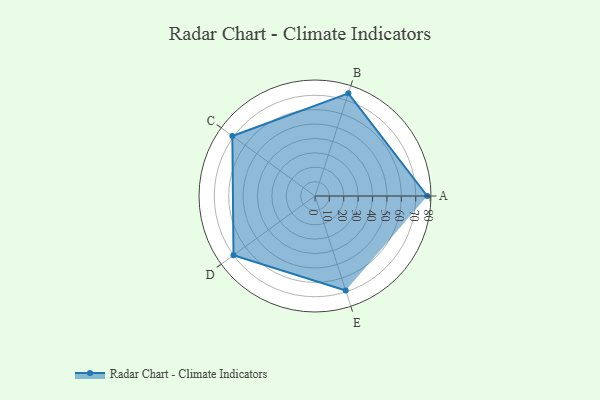
{"axis": {"x": "Skill", "y": "Score"}, "legend": ["Profile"], "data": [{"x": "A", "y": 78.0, "type": "Profile"}, {"x": "B", "y": 75.0, "type": "Profile"}, {"x": "C", "y": 71.0, "type": "Profile"}, {"x": "D", "y": 70.0, "type": "Profile"}, {"x": "E", "y": 69.0, "type": "Profile"}]}